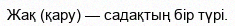
Жақ (қару) — садақтың бір түрі.